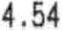
4.54